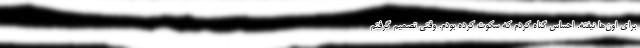
برای اون‌ها نیفته. احساس گناه کردم که سکوت کرده بودم. وقتی تصمیم گرفتم